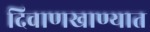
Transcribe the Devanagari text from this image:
दिवाणखाण्यात